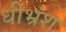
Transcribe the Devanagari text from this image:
धीभ्रंश